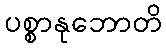
ပစ္စာနုဘောတိ